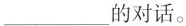
___的对话。